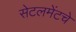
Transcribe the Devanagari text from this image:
सेटलमेंटचे